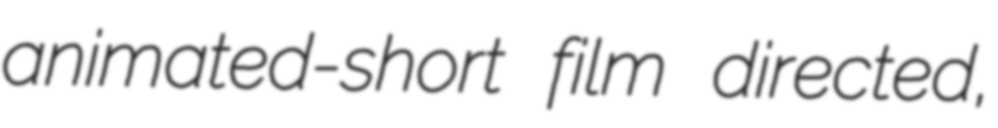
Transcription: animated-short film directed,